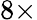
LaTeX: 8\times